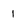
Character: 1